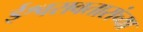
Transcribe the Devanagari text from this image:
ईश्वरावतारांच्या